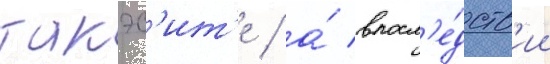
такэс'ит'е / а́ впосл'е́дств'ии